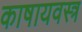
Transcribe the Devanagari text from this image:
काषायवस्त्र